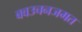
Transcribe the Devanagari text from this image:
बवउचनजमत